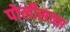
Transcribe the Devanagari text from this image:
पोलीसच्या